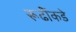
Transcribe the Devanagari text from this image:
रूढींकडे